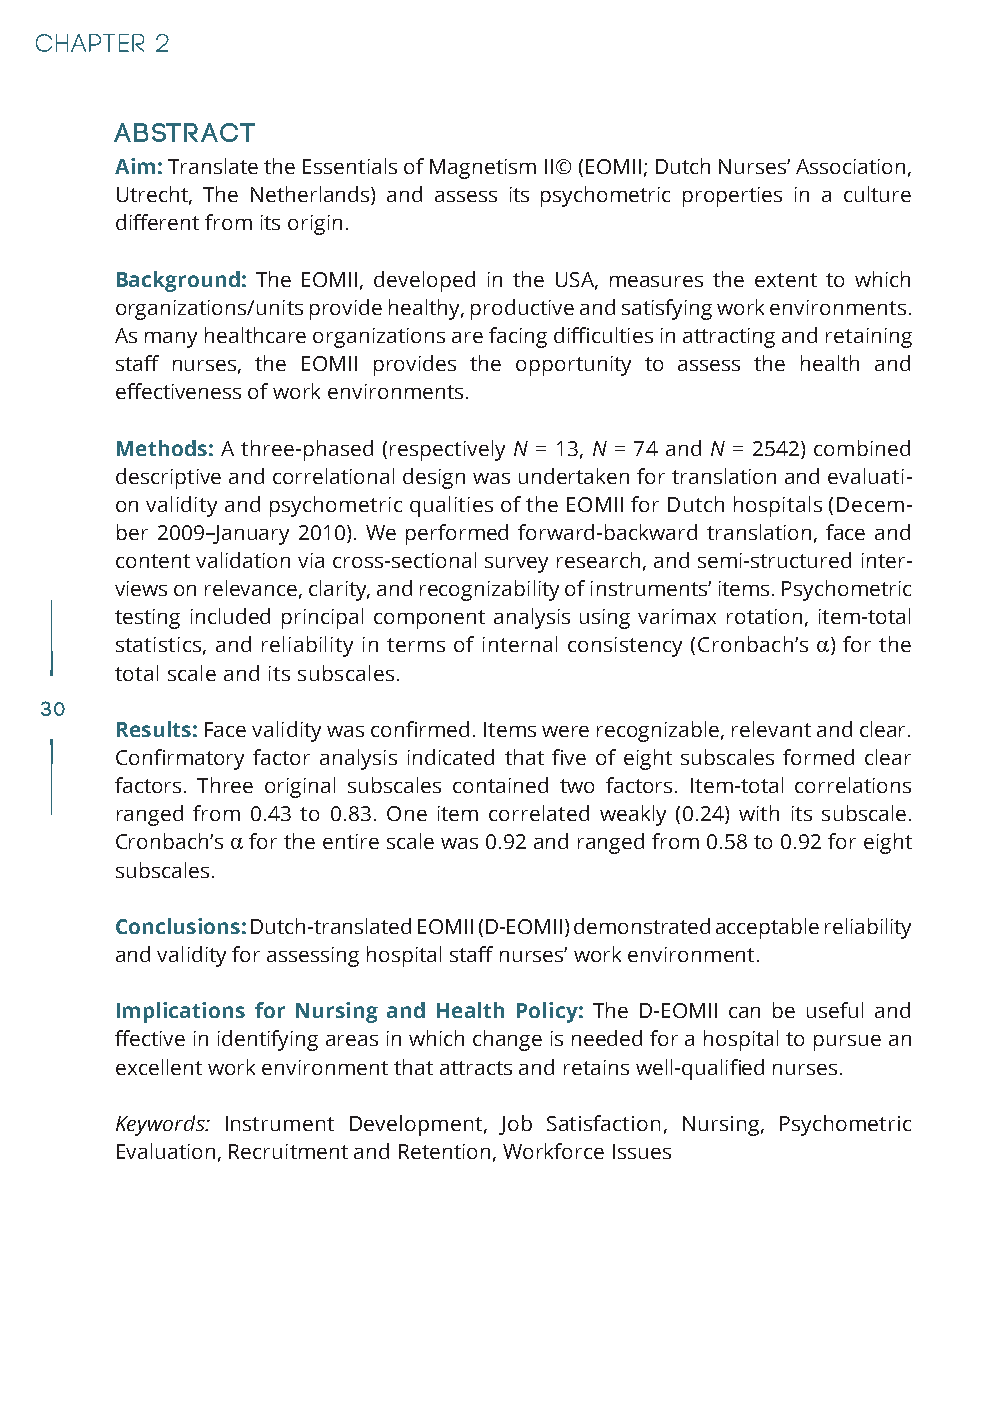
Abstract
 Aim: Translate the Essentials of Magnetism II© (EOMII; Dutch Nurses’ Association,
 Utrecht, The Netherlands) and assess its psychometric properties in a culture
 different from its origin.
 Background: The EOMII, developed in the USA, measures the extent to which
 organizations/units provide healthy, productive and satisfying work environments.
 As many healthcare organizations are facing difficulties in attracting and retaining
 staff nurses, the EOMII provides the opportunity to assess the health and
 effectiveness of work environments.
 Methods: A three-phased (respectively N = 13, N = 74 and N = 2542) combined
 descriptive and correlational design was undertaken for translation and evaluati-
 on validity and psychometric qualities of the EOMII for Dutch hospitals (Decem-
 ber 2009–January 2010). We performed forward-backward translation, face and
 content validation via cross-sectional survey research, and semi-structured inter-
 views on relevance, clarity, and recognizability of instruments’ items. Psychometric
 testing included principal component analysis using varimax rotation, item-total
 statistics, and reliability in terms of internal consistency (Cronbach’s α) for the
 total scale and its subscales.
 30
 Results: Face validity was confirmed. Items were recognizable, relevant and clear.
 Confirmatory factor analysis indicated that five of eight subscales formed clear
 factors. Three original subscales contained two factors. Item-total correlations
 ranged from 0.43 to 0.83. One item correlated weakly (0.24) with its subscale.
 Cronbach’s α for the entire scale was 0.92 and ranged from 0.58 to 0.92 for eight
 subscales.
 Conclusions: Dutch-translated EOMII (D-EOMII) demonstrated acceptable reliability
 and validity for assessing hospital staff nurses’ work environment.
 Implications for Nursing and Health Policy: The D-EOMII can be useful and
 ffective in identifying areas in which change is needed for a hospital to pursue an
 excellent work environment that attracts and retains well-qualified nurses.
 Keywords: Instrument Development, Job Satisfaction, Nursing, Psychometric
 Evaluation, Recruitment and Retention, Workforce Issues